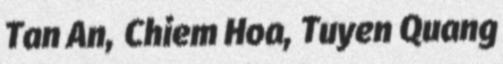
Tan An, Chiem Hoa, Tuyen Quang